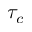
\tau _ { c }